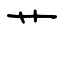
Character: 艹